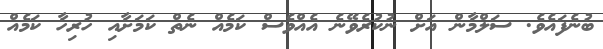
ބުނެފައެވެ. ސަލްމާން އަށް ނުކުރެވޭނެ އެއްވެސް ކަމެއް ނެތް ކަމަށާއި ހުރިހާ ކަމެއް